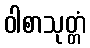
ဝါစာသုတ္တံ